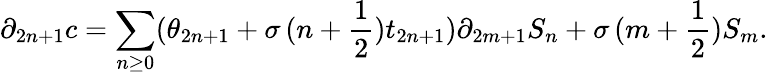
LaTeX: \partial_{2n+1}c=\sum_{n\geq 0}(\theta_{2n+1}+\sigma\, (n+\frac{1}{2})t_{2n+1})\partial_{2m+1}S_{n}+\sigma\, (m+\frac{1}{2})S_{m}.